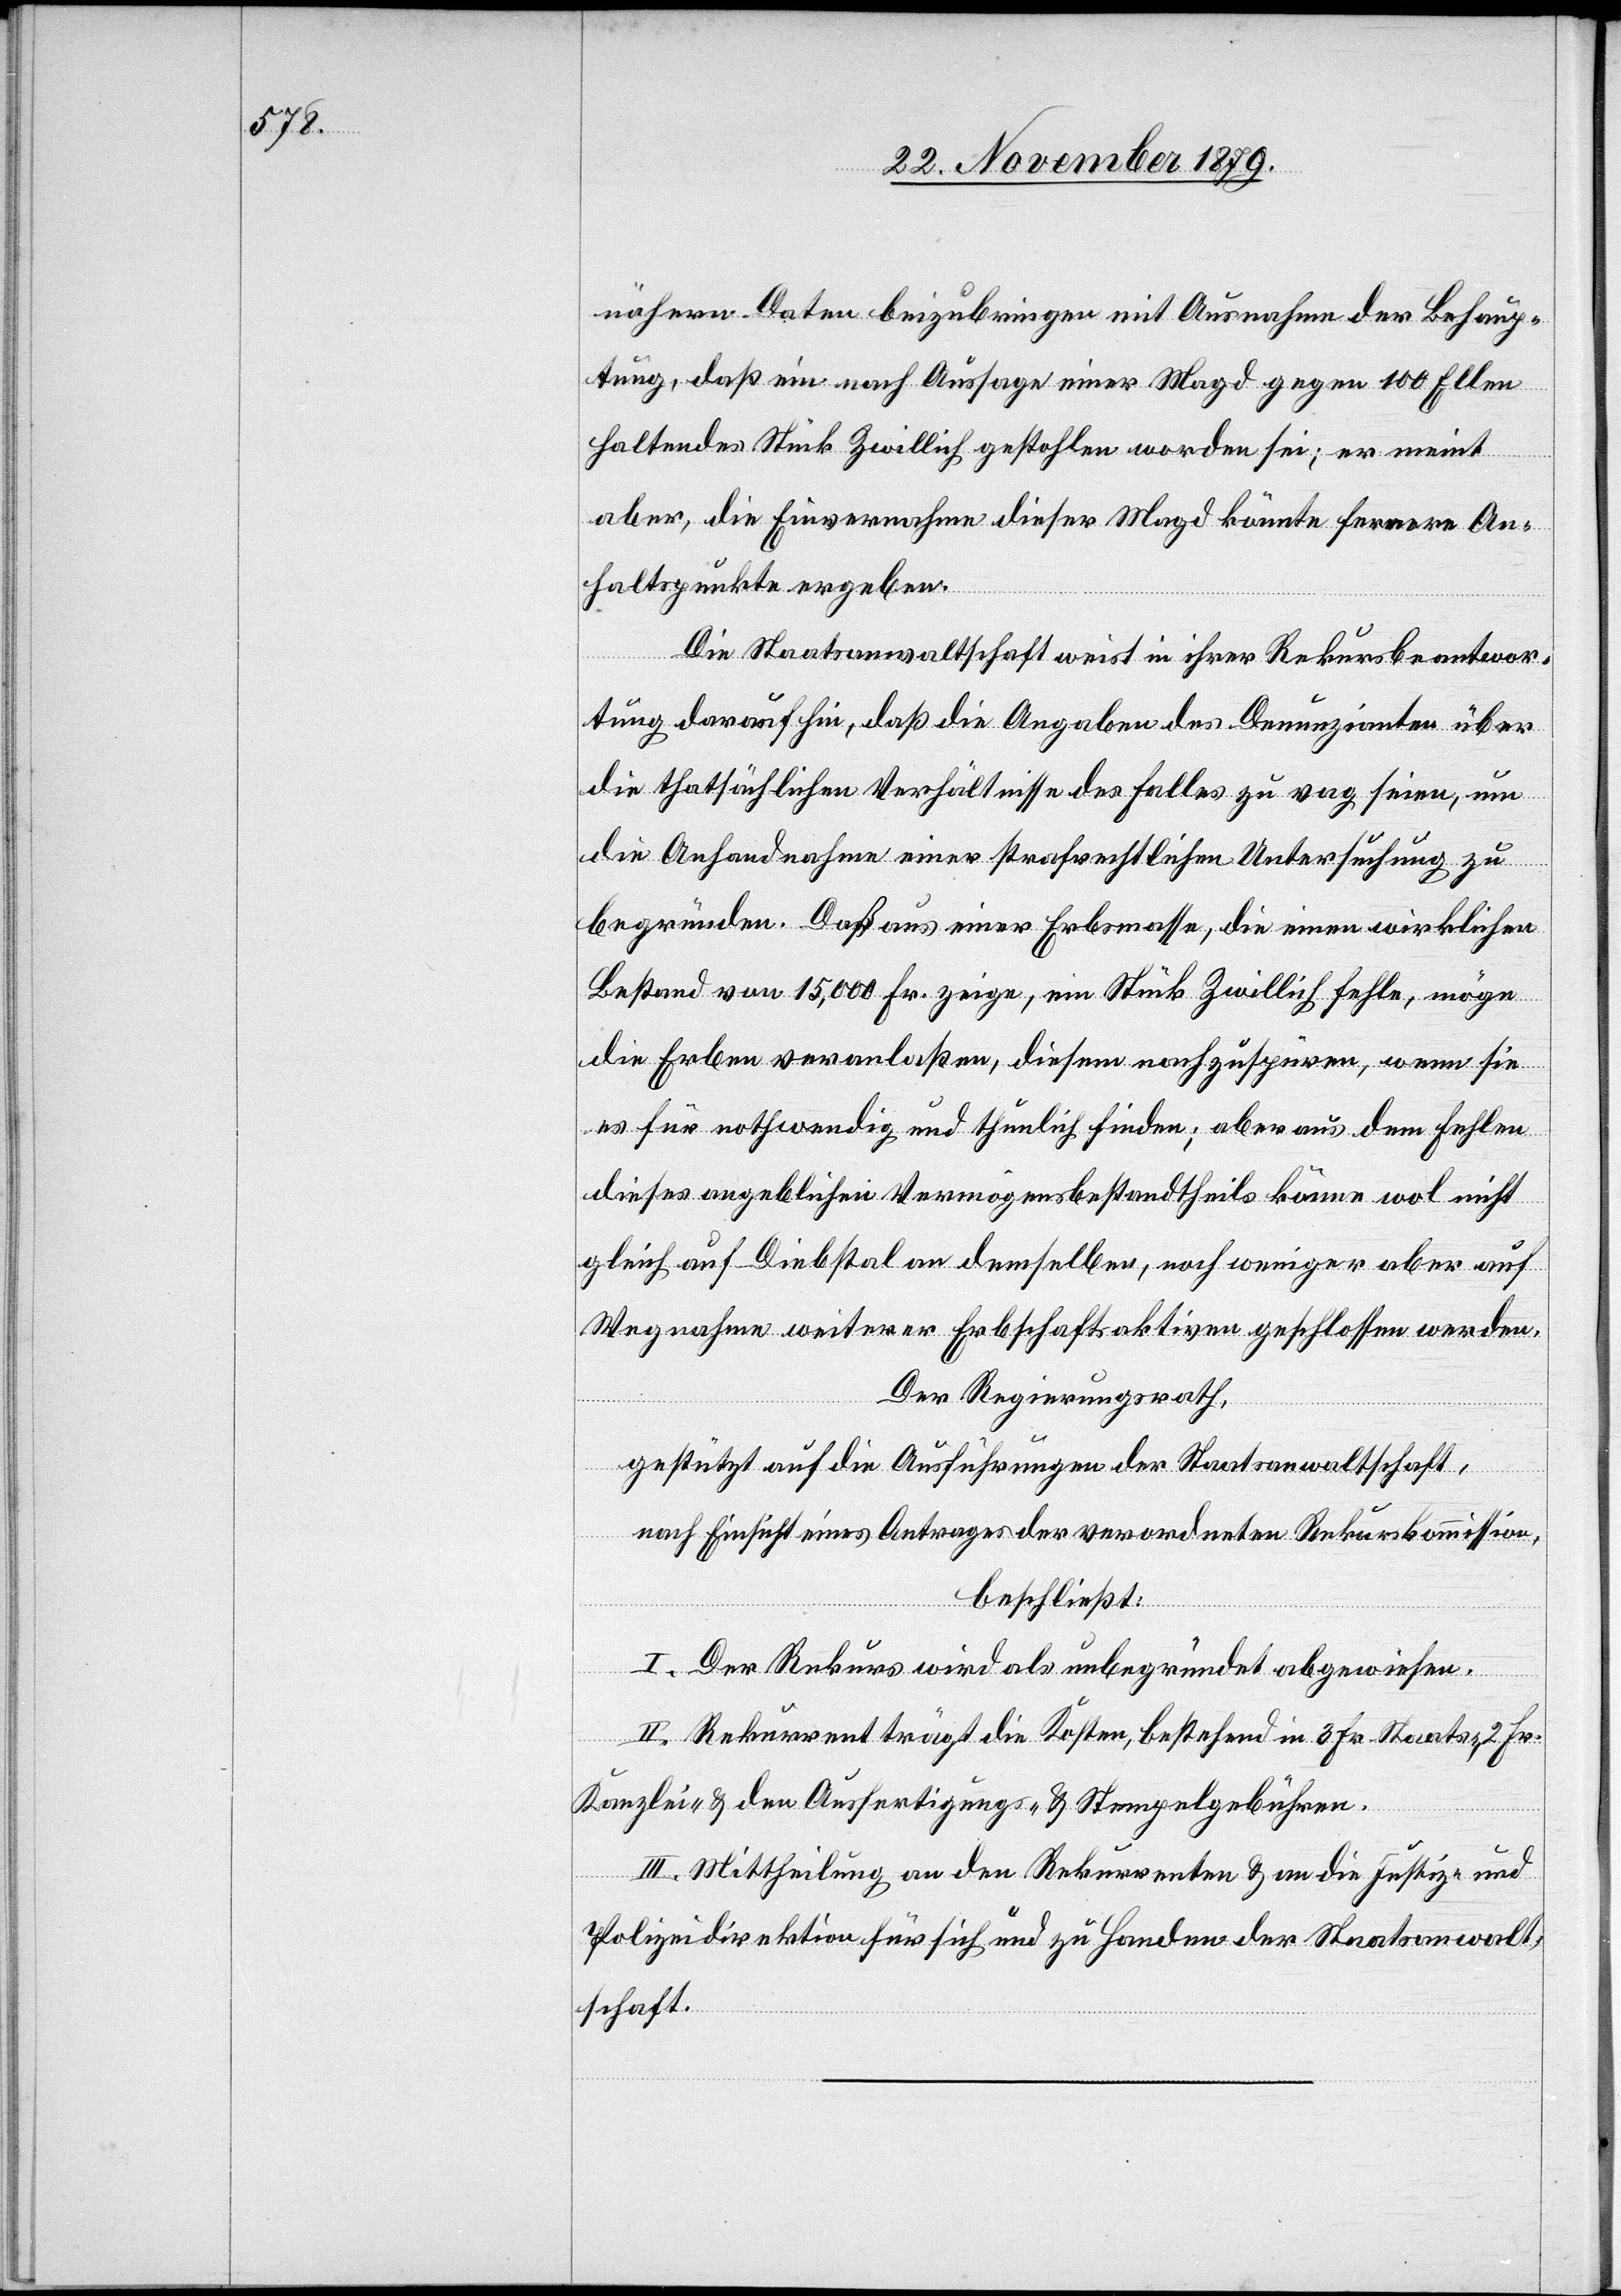
nähern Daten beizubringen mit Ausnahme der Behaup¬
tung, daß ein nach Aussage einer Magd gegen 100 Ellen
haltendes Stück Zwillich gestohlen worden sei; er meint
aber, die Einvernahme dieser Magd könnte fernere An¬
haltspunkte ergeben.
Die Staatsanwaltschaft weist in ihrer Rekursbeantwor¬
tung darauf hin, daß die Angaben des Denunzianten über
die thatsächlichen Verhältnisse des Falles zu vag seien, um
die Anhandnahme einer strafrechtlichen Untersuchung zu
begründen. Daß aus einer Erbmasse, die einen wirklichen
Bestand von 15,000 Fr. zeige, ein Stück Zwillich falle, möge
die Erben veranlaßen, diesem nachzuspüren, wenn sie
es für nothwendig und thunlich finden; aber aus dem Fehlen
dieses angeblichen Vermögensbestandtheils könne wol nicht
gleich auf Diebstal an demselben, noch weniger aber auf
Wegnahme weiterer Erbschaftsaktiven geschlossen werden.
Der Regierungsrath,
gestützt auf die Ausführungen der Staatsanwaltschaft,
nach Einsicht eines Antrages der verordneten Rekurskommission,
beschließt:
I. Der Rekurs wird als unbegründet abgewiesen.
II. Rekurrent trägt die Kosten, bestehend in 3 Fr. Staats-, 2 Fr.
Kanzlei- & Ausfertigungs- & Stempelgebühren.
III. Mittheilung an den Rekurrenten & an die Justiz- und
Polizeidirektion für sich und zu Handen der Staatsanwalt¬
schaft.